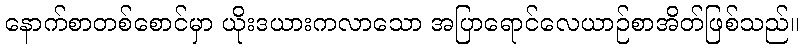
နောက်စာတစ်စောင်မှာ ယိုးဒယားကလာသော အပြာရောင်လေယာဉ်စာအိတ်ဖြစ်သည်။